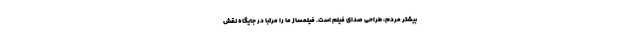
بیشتر مردم، طراحی صدای فیلم است. فیلمساز ما را مرتبا در جایگاه نقش